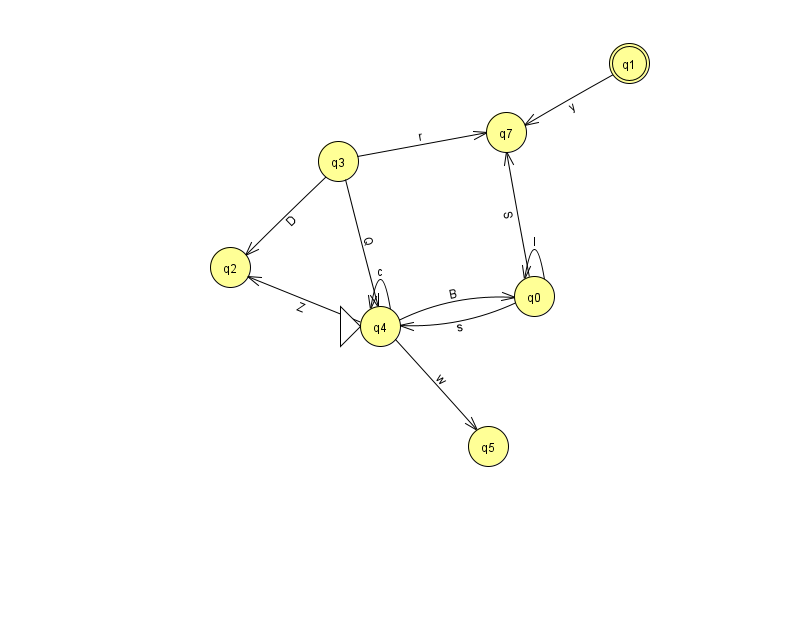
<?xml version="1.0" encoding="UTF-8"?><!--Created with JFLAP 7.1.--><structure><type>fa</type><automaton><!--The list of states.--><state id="0" name="q0"><x>534.0</x><y>283.0</y></state><state id="1" name="q1"><x>629.0</x><y>50.0</y><final/></state><state id="2" name="q2"><x>230.0</x><y>254.0</y></state><state id="3" name="q3"><x>338.0</x><y>148.0</y></state><state id="4" name="q4"><x>380.0</x><y>313.0</y><initial/></state><state id="5" name="q5"><x>488.0</x><y>433.0</y></state><state id="7" name="q7"><x>506.0</x><y>119.0</y></state><!--The list of transitions.--><transition><from>4</from><to>4</to><read>c</read></transition><transition><from>4</from><to>0</to><read>B</read></transition><transition><from>0</from><to>4</to><read>s</read></transition><transition><from>0</from><to>7</to><read>S</read></transition><transition><from>0</from><to>0</to><read>I</read></transition><transition><from>3</from><to>7</to><read>r</read></transition><transition><from>4</from><to>2</to><read>Z</read></transition><transition><from>3</from><to>4</to><read>Q</read></transition><transition><from>1</from><to>7</to><read>y</read></transition><transition><from>4</from><to>5</to><read>w</read></transition><transition><from>3</from><to>2</to><read>D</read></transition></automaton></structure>